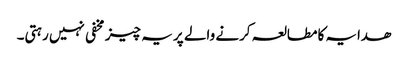
ھدایہ کامطالعہ کرنے والے پر یہ چیز مخفی نہیں رہتی۔